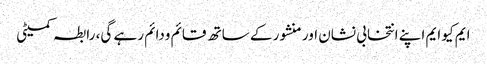
ایم کیو ایم اپنے انتخابی نشان اور منشور کے ساتھ قائم ودائم رہے گی، رابطہ کمیٹی